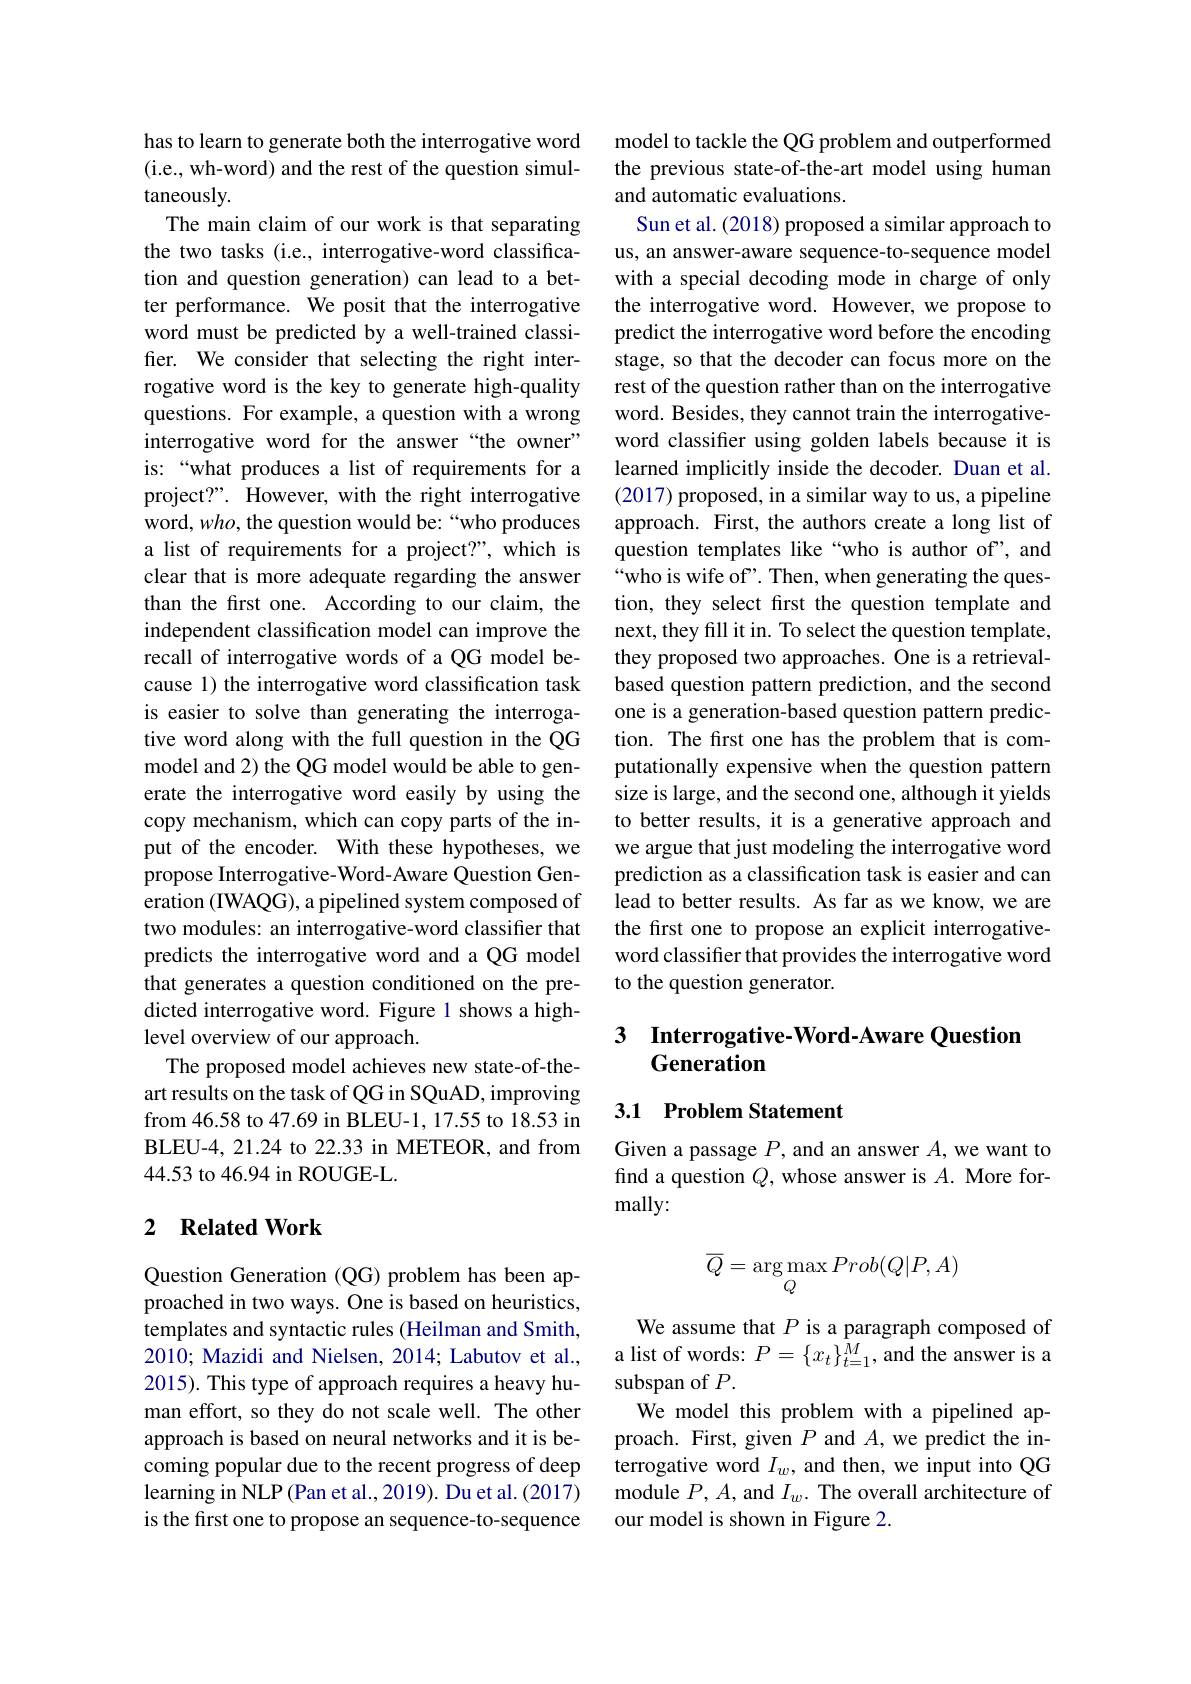
has to learn to generate both the interrogative word (i.e., wh-word) and the rest of the question simultaneously.
The main claim of our work is that separating the two tasks (i.e., interrogative-word classification and question generation) can lead to a better performance. We posit that the interrogative word must be predicted by a well-trained classifier. We consider that selecting the right interrogative word is the key to generate high-quality questions. For example, a question with a wrong interrogative word for the answer “the owner” is:“what produces a list of requirements for a project?". However, with the right interrogative word, $who$, the question would be: “who produces a list of requirements for a project?", which is clear that is more adequate regarding the answer than the first one. According to our claim, the independent classification model can improve the recall of interrogative words of a QG model because 1) the interrogative word classification task is easier to solve than generating the interrogative word along with the full question in the QG model and 2) the QG model would be able to generate the interrogative word easily by using the copy mechanism, which can copy parts of the input of the encoder. With these hypotheses, we propose Interrogative- Word-Aware Question Generation (IWAQG), a pipelined system composed of two modules: an interrogative-word classifier that predicts the interrogative word and a QG model that generates a question conditioned on the predicted interrogative word. Figure 1 shows a highlevel overview of our approach.
The proposed model achieves new state-of-theart results on the task of QG in SQuAD, improving from 46.58 to 47.69 in BLEU-1, 17.55 to 18.53 in BLEU-4, 21.24 to 22.33 in METEOR, and from 44.53 to 46.94 in ROUGE-L.

### 2 $\textbf{Related Work}$

Question Generation (QG) problem has been approached in two ways. One is based on heuristics, templates and syntactic rules (Heilman and Smith, 2010; Mazidi and Nielsen, 2014; Labutov et al., 2015). This type of approach requires a heavy human effort, so they do not scale well. The other approach is based on neural networks and it is becoming popular due to the recent progress of deep learning in NLP(Pan et al., 2019). Du et al. (2017) is the first one to propose an sequence- to-sequence

model to tackle the QG problem and outperformed the previous state-of-the-art model using human and automatic evaluations.
Sun et al. (2018) proposed a similar approach to us, an answer-aware sequence-to-sequence model with a special decoding mode in charge of only the interrogative word. However, we propose to predict the interrogative word before the encoding stage, so that the decoder can focus more on the rest of the question rather than on the interrogative word. Besides, they cannot train the interrogativeword classifer using golden labels because it is learned implicitly inside the decoder. Duan et al. (2017) proposed, in a similar way to us, a pipeline approach. First, the authors create a long list of question templates like“who is author of’, and “who is wife of’. Then, when generating the question, they select first the question template and next, they fill it in. To select the question template, they proposed two approaches. One is a retrievalbased question pattern prediction, and the second one is a generation-based question pattern prediction. The frst one has the problem that is computationally expensive when the question pattern size is large, and the second one, although it yields to better results, it is a generative approach and we argue that just modeling the interrogative word prediction as a classification task is easier and can lead to better results. As far as we know, we are the first one to propose an explicit interrogativeword classifier that provides the interrogative word to the question generator.

# 3 Interrogative-Word-Aware Question Generation

## 3.1 Problem Statement

Given a passage $P$, and an answer $A$, we want to find a question $Q$, whose answer is $A.$ More formally:
$$\overline Q=\underset{Q}{\arg\max}Prob(Q|P,A)$$
We assume that $P$ is a paragraph composed of a list of words: $P=\{x_t\}_{t=1}^M$, and the answer is a subspan of $P.$
We model this problem with a pipelined approach. First, given $P$ and $A$,we predict the interrogative word $I_w$, and then, we input into QG module $P,A$, and $I_w.$ The overall architecture of our model is shown in Figure 2.